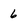
Character: 6